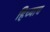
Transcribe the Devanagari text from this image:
हिच्याच